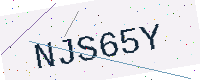
Text: NJS65Y